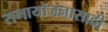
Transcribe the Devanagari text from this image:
समायोजनासाठी